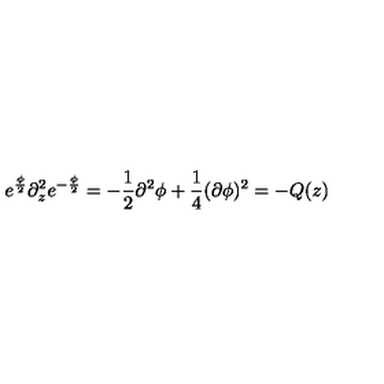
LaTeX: e ^ { \frac { \phi } { 2 } } \partial _ { z } ^ { 2 } e ^ { - \frac { \phi } { 2 } } = - \frac { 1 } { 2 } \partial ^ { 2 } \phi + \frac { 1 } { 4 } ( \partial \phi ) ^ { 2 } = - Q ( z )